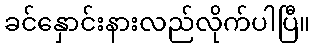
ခင်နှောင်းနားလည်လိုက်ပါပြီ။